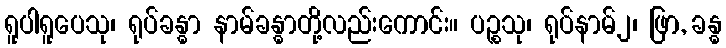
ရူပါရူပေသု၊ ရုပ်ခန္ဓာ နာမ်ခန္ဓာတို့လည်းကောင်း။ ပဉ္စသု၊ ရုပ်နာမ်၂၊ ဖြာ, ခန္ဓ